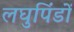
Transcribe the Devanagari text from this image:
लघुपिंडों